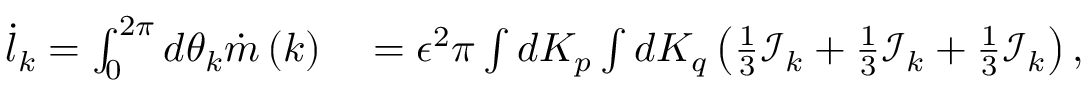
\begin{array} { r l } { \dot { l } _ { k } = \int _ { 0 } ^ { 2 \pi } d \theta _ { k } \dot { m } \left( k \right) } & { { } = \epsilon ^ { 2 } \pi \int d K _ { p } \int d K _ { q } \left( \frac { 1 } { 3 } \mathcal { I } _ { k } + \frac { 1 } { 3 } \mathcal { I } _ { k } + \frac { 1 } { 3 } \mathcal { I } _ { k } \right) , } \end{array}